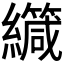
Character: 𫄏